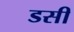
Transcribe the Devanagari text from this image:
डसी